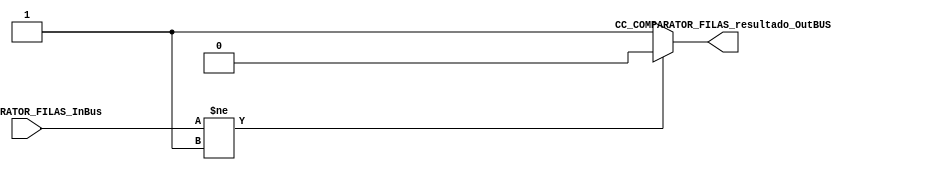
module CC_COMPARATOR_FILAS (

//////////// OUTPUTS //////////

	CC_COMPARATOR_FILAS_resultado_OutBUS,
	
	//////////// INPUTS //////////
	
	CC_COMPARATOR_FILAS_InBus
	);
//=======================================================
//  PARAMETER declarations
//=======================================================
parameter NUMBER_DATAWIDTH = 8;
//=======================================================
//  PORT declarations
//=======================================================
output reg CC_COMPARATOR_FILAS_resultado_OutBUS;

input  	[NUMBER_DATAWIDTH-1:0] CC_COMPARATOR_FILAS_InBus;

//=======================================================
//  REG/WIRE declarations
//=======================================================


//=======================================================
//  Structural coding
//=======================================================
//STRUCTURAL

always @(*)
begin
	if (CC_COMPARATOR_FILAS_InBus != 1'b11111111)
		CC_COMPARATOR_FILAS_resultado_OutBUS = 1'b0;
	else
		CC_COMPARATOR_FILAS_resultado_OutBUS = 1'b1;
end

endmodule